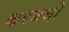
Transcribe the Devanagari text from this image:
करबची